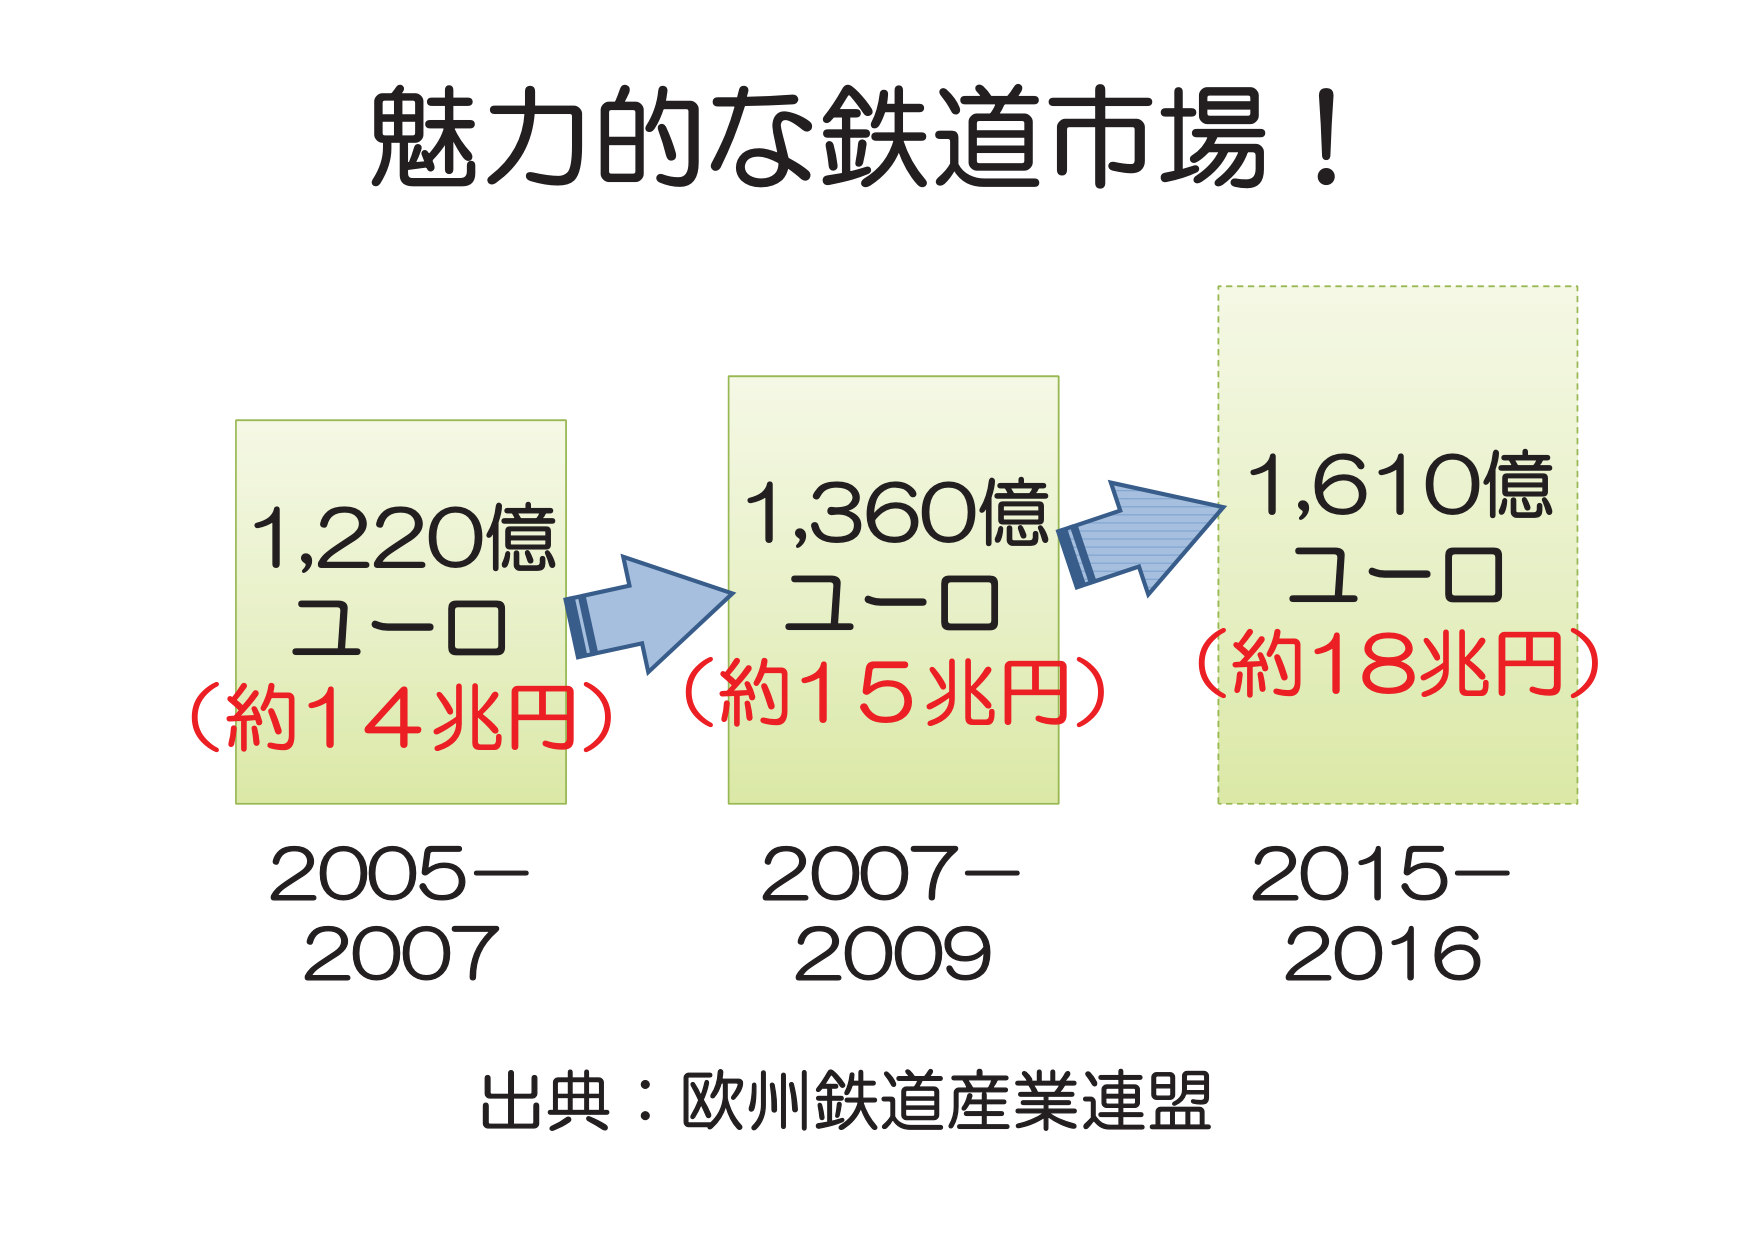
魅力的な鉄道市場！

1,220億
ユーロ
（約14兆円）
2005－
2007

1,360億
ユーロ
（約15兆円）
2007－
2009

1,610億
ユーロ
（約18兆円）
2015－
2016

出典：欧州鉄道産業連盟